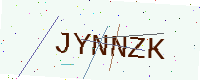
Text: JYNNZK